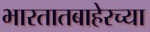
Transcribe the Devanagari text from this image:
भारतातबाहेरच्या